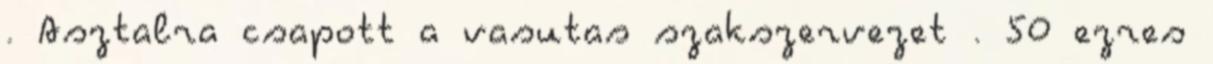
. Asztalra csapott a vasutas szakszervezet . 50 ezres